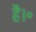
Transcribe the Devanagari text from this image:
है।॰